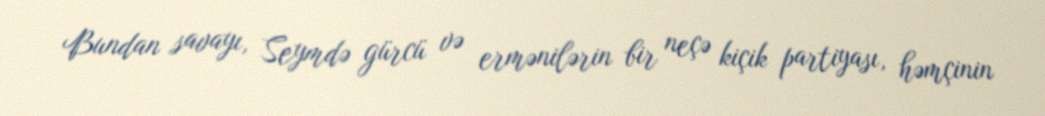
Bundan savayı, Seymdə gürcü və ermənilərin bir neçə kiçik partiyası, həmçinin